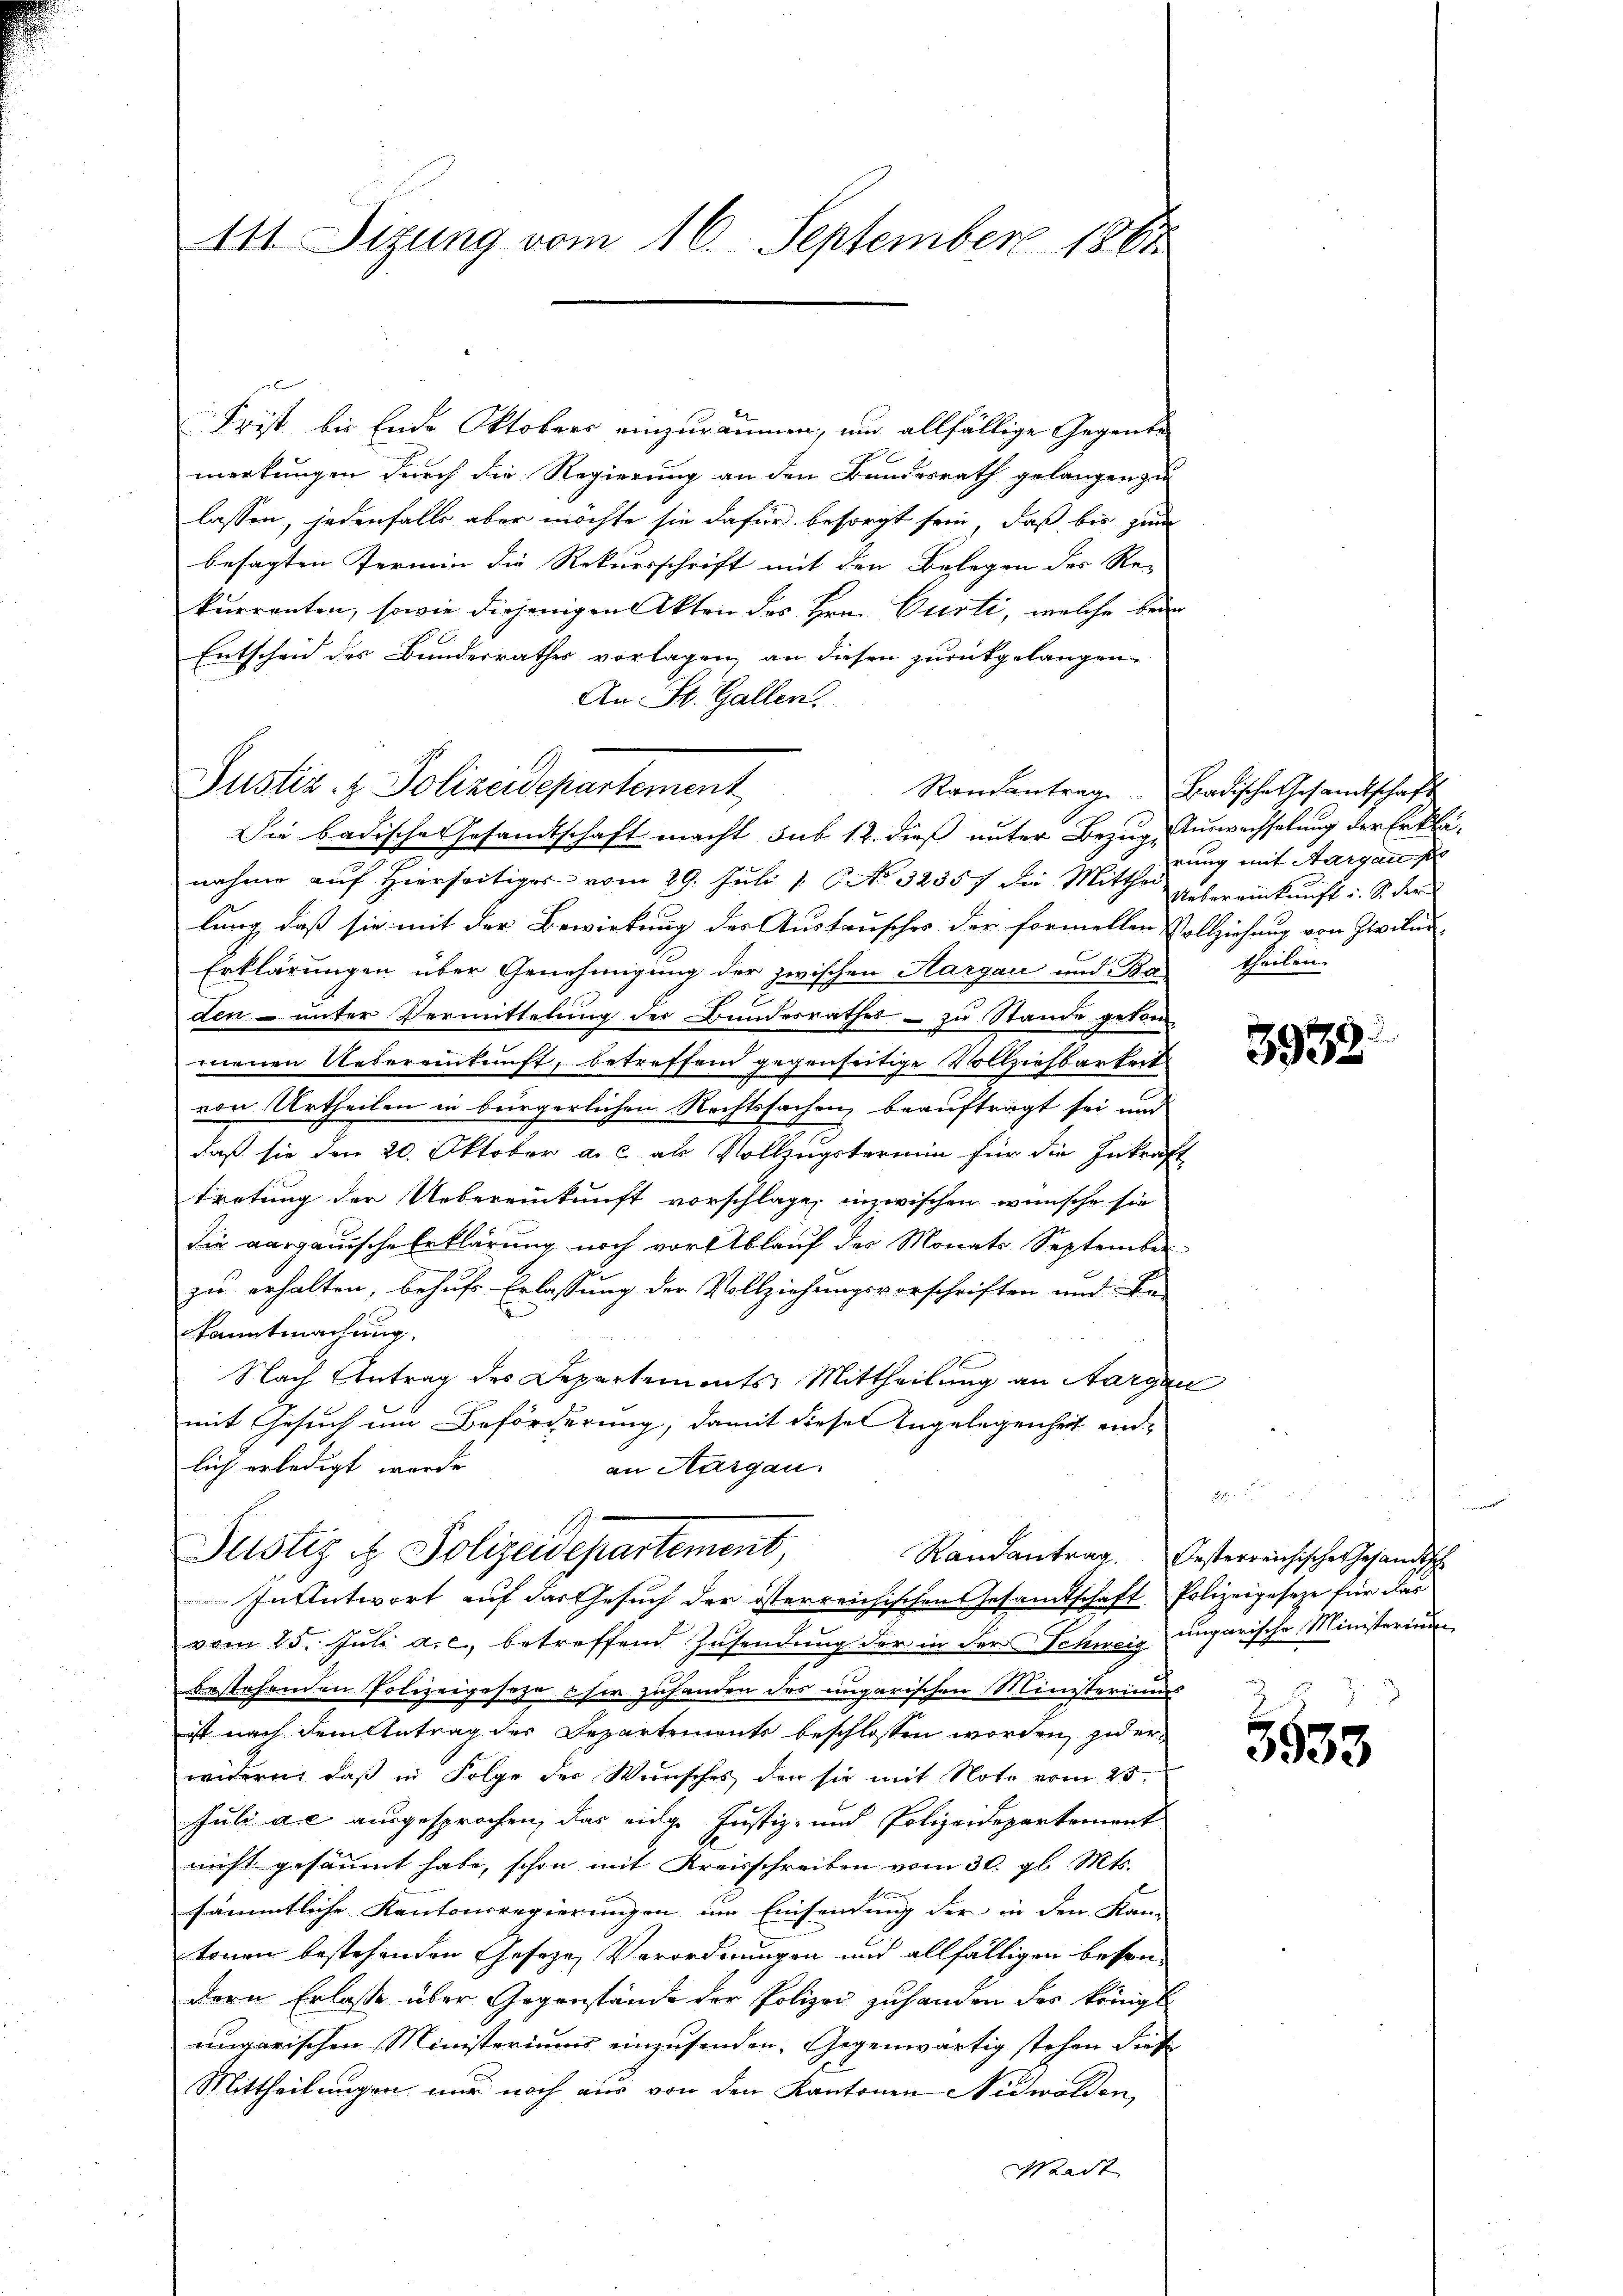
111. Sizung vom 16. September 1861

Frist bis Ende Oktobers einzuräumen, und allfällige Gegente
merkungen durch die Regierung an den Bundesrath gelangen zu
lassen, jedenfalls aber möchte sie dafür besorgt sein, daß bis zun
besagten Fermin die Rekursschrift mit den Belegen des Rekurrenten, sowie diejenigen Akten des Hrn. Curti, welche bei
Entscheid des Bundesrathes vorlagen, an diesen zurückgelangen,
An St. Gallen.
Die badische Gesandtschaft macht sub 12. dieß unter Bezug, Auswachselung der Erklänahme auf Hierseitiges vom 29. Juli 1 No 32357 die Mitthei Uebereinkunft i. So der
lung, daß sie mit der Bewirkung des Austauscher der formeller Vollziehung von Zivilur
Erklärungen über Genehmigung der zwischen Aargau und Ba theilen
den- unter Vermittelung der Bundesrathes – zu Stande getan-
menen Uebereinkunft, betreffend gegenseitige Vollziehbarkeit
von Urtheilen in bürgerlichen Rechtssachen beauftragt sei und
daß sie den 20. Oktober a. c. als Vollzugstermin für die Inkraft
tretung der Uebereinkunft vorschlage, inzwischen wünsche sie
die aargauische Erklärung noch vor Ablauf des Monats September
zu erhalten, behufs Erlassung der Vollziehungsvorschriften und Be-
kanntmachung.
Nach Antrag des Departements Mittheilung an Aargau
mit Gesuch um Beförderung, damit diese Angelegenheit einlich erledigt werde.
an Aargau.
Justiz & Polizeidepartement,
Randantrag. Oesterreichischer Gesandtsch
In Antwort auf das Gesuch der österreichischen Gesamtschaft, Polizeigeseze für das
vom 25. Jŭli a. c., betreffend Zusendung der in der Schmeis ungarische Ministerium
bestehenden Polizeigesetze eher zuhanden des ungarischen Ministeriums
ist nach dem Antrag der Departements beschlossen worden, zu erwidern, daß in Folge der Wunsches den sie mit Note vom 25.
Juli die ausgesprochen, das eidge Justiz- und Polizeidepartement
nicht gesäumt habe, schon mit Kreisschreiben vom 30. gl. Mts.
x
sämmtliche Kantonsregierungen um Einsendung der in den Kantonen bestehenden Geseze Verordnungen und allfälligen bessendern Erlasse über Gegenstände der Polizei zuhanden des Königl
ungarischen Ministeriums einzusenden. Gegenwärtig stehen diese
Mittheilungen nur noch aus von den Kantonen Nidwalden,
Waadt

Justiz & Polizeidepartement,

Randantrag Badische Gesamtschaft
rung mit Aargau so

3938.

3533